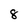
Character: 8